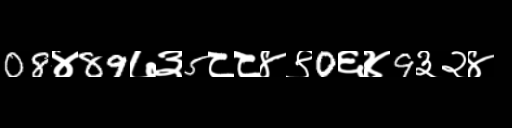
Text: 08४89७३5८८४९0६४9३२४